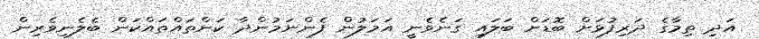
އަދި ތިމާގެ ދަރިފުޅަށް ބޮޑަށް ބަލައި ގަނެވެނީ އަމަލުން ފެންނަމުންދާ ކަންތައްތައްކަން ބެލެނިވެރިން